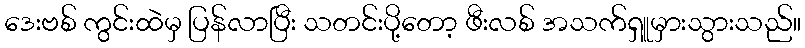
ဒေးဗစ် ကွင်းထဲမှ ပြန်လာပြီး သတင်းပို့တော့ ဖီးလစ် အသက်ရှူမှားသွားသည်။